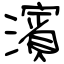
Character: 濱